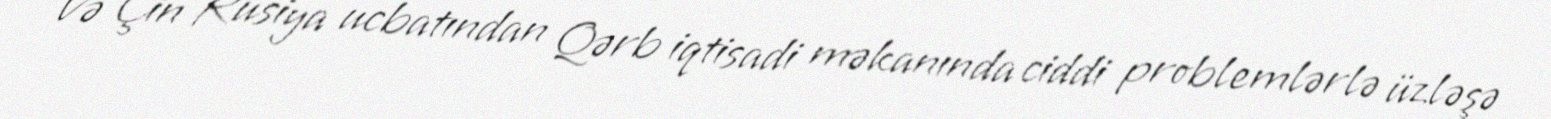
Və Çin Rusiya ucbatından Qərb iqtisadi məkanında ciddi problemlərlə üzləşə